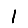
Digit: 1